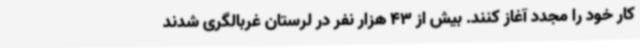
کار خود را مجدد آغاز کنند. بیش از 43 هزار نفر در لرستان غربالگری شدند